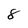
Character: 8